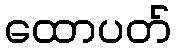
ထောပတ်